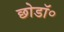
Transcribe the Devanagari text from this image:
छोडॉ॰